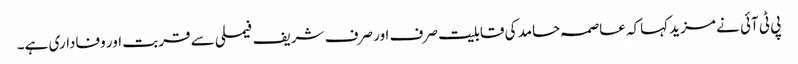
پی ٹی آئی نے مزید کہاکہ عاصمہ حامد کی قابلیت صرف اور صرف شریف فیملی سے قربت اور وفاداری ہے۔